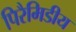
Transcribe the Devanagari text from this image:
पिरैमिडीय